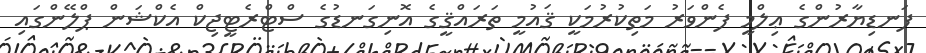
ފަނޑިޔާރުންގެ ޢިލްމީ ފެންވަރު މަތިކުރުމަކީ ޤައުމީ ތަރައްޤީގެ އޮނިގަނޑުގެ ސްޓްރެޓީޖިކް އެކްޝަން ޕްލޭންގައި